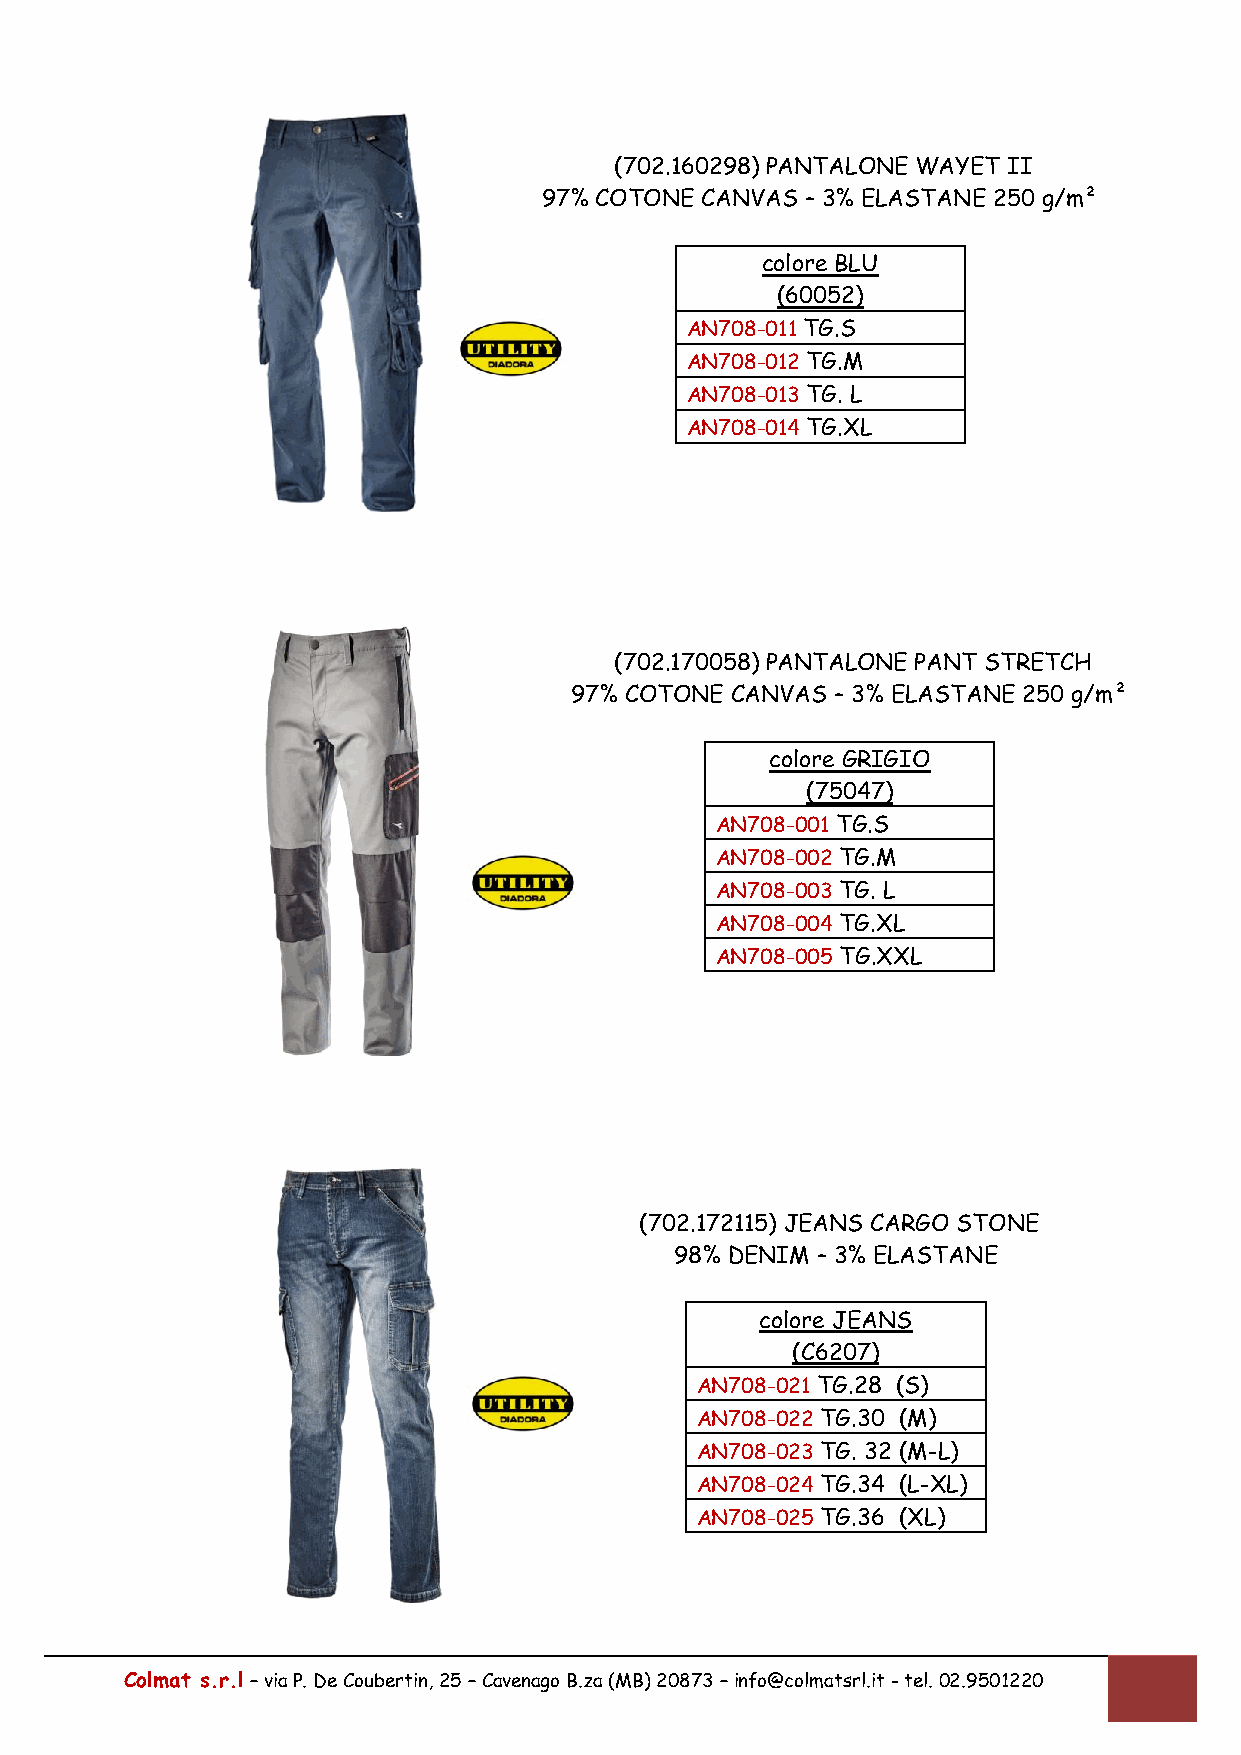
(702.160298) PANTALONE WAYET II
 97% COTONE CANVAS – 3% ELASTANE 250 g/m²
 colore BLU
 (60052)
 AN708-011 TG.S
 AN708-012 TG.M
 AN708-013 TG. L
 AN708-014 TG.XL
 (702.170058) PANTALONE PANT STRETCH
 97% COTONE CANVAS – 3% ELASTANE 250 g/m²
 colore GRIGIO
 (75047)
 AN708-001 TG.S
 AN708-002 TG.M
 AN708-003 TG. L
 AN708-004 TG.XL
 AN708-005 TG.XXL
 (702.172115) JEANS CARGO STONE
 98% DENIM – 3% ELASTANE
 colore JEANS
 (C6207)
 AN708-021 TG.28 (S)
 AN708-022 TG.30 (M)
 AN708-023 TG. 32 (M-L)
 AN708-024 TG.34 (L-XL)
 AN708-025 TG.36 (XL)
 Colmat s.r.l – via P. De Coubertin, 25 – Cavenago B.za (MB) 20873 – info@colmatsrl.it - tel. 02.9501220